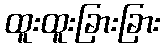
ထူးထူးခြားခြား